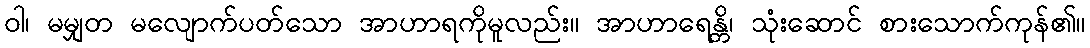
ဝါ၊ မမျှတ မလျောက်ပတ်သော အာဟာရကိုမူလည်း။ အာဟာရေန္တိ၊ သုံးဆောင် စားသောက်ကုန်၏။